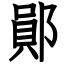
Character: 鄖